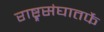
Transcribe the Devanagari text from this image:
राष्ट्र्रसंघातर्फे